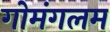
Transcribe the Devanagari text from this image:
गोमंगलम